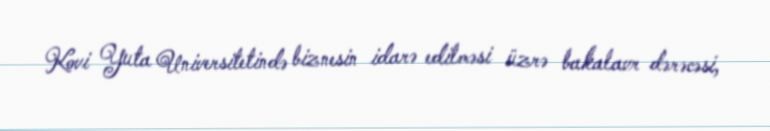
Kovi Yuta Universitetində biznesin idarə edilməsi üzrə bakalavr dərəcəsi,